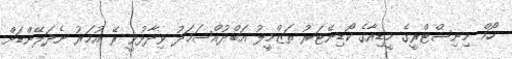
ހޯމް މިނިސްޓްރީގެ މީޑިއާގެ ކޯޑިނޭޓަރު ތަޒްމީލު އަބްދުއްސަމަދު ވިދާޅުވީ ރޭ އުމަރު ނެދަލޭންޑަށް